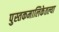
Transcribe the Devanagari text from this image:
पुस्तकमालिकेतल्या